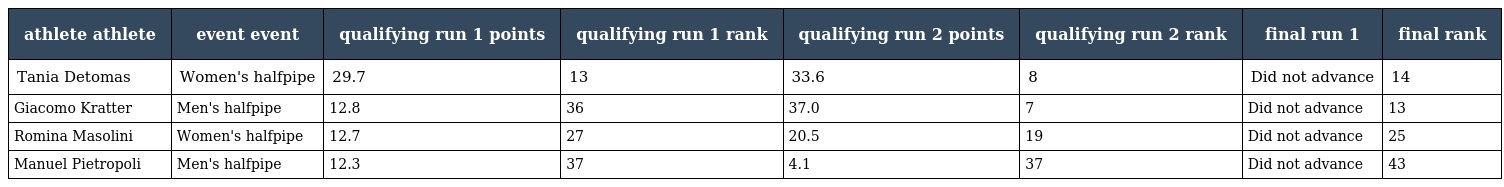
| athlete athlete | event event | qualifying run 1 points | qualifying run 1 rank | qualifying run 2 points | qualifying run 2 rank | final run 1 | final rank |
 | --- | --- | --- | --- | --- | --- | --- | --- |
 | Tania Detomas | Women's halfpipe | 29.7 | 13 | 33.6 | 8 | Did not advance | 14 |
 | Giacomo Kratter | Men's halfpipe | 12.8 | 36 | 37.0 | 7 | Did not advance | 13 |
 | Romina Masolini | Women's halfpipe | 12.7 | 27 | 20.5 | 19 | Did not advance | 25 |
 | Manuel Pietropoli | Men's halfpipe | 12.3 | 37 | 4.1 | 37 | Did not advance | 43 |